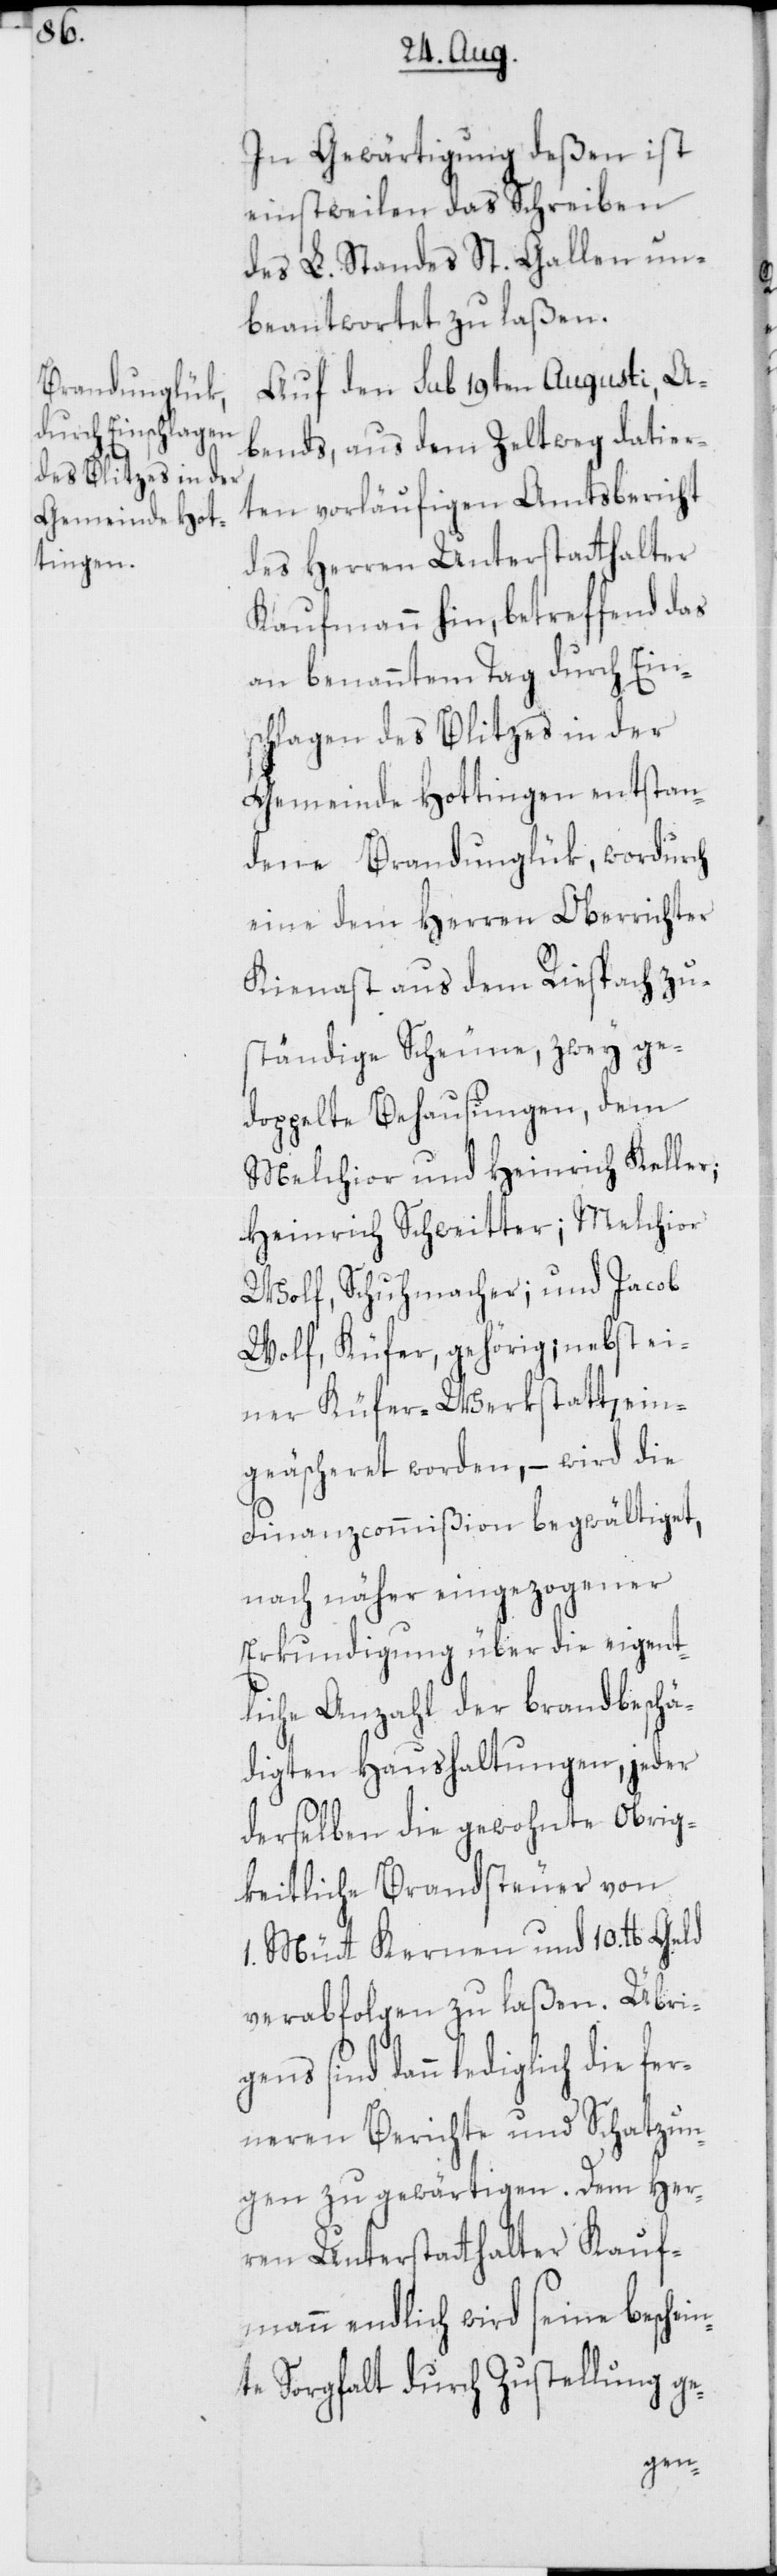
In Gewärtigung deßen ist
einstweilen das Schreiben
des L. Standes St. Gallen un¬
beantwortet zu laßen.
Auf den sub 19ten Augusti, A¬
bends, aus dem Zeltweg datier¬
ten vorläufigen Amtsbericht
des Herren Unterstatthalter
Kaufmann hin, betreffend das
an benanntem Tag durch Eins¬
chlagen des Blitzes in der
Gemeinde Hottingen entstan¬
dene Brandunglük, wordurch
eine dem Herren Oberrichter
Kienast aus dem Riesbach zu¬
ständige Scheune, zwey ge¬
doppelte Behausungen, dem
Melchior und Heinrich Keller;
Heinrich Schweitter; Melchior
Wolf, Schuhmacher; und Jacob
Wolf, Küfer, gehörig; nebst ei¬
ner Küfer-Werkstatt, ein¬
geäscheret worden, – wird die
Finanzcommißion begwältiget,
nach näher eingezogener
Erkundigung über die eigent¬
liche Anzahl der brandbeschä¬
digten Haushaltungen, jeder
derselben die gewohnte Obrig¬
keitliche Brandsteuer von
1. Mütt Kernen und 10. lb.
verabfolgen zu laßen. Übri¬
sind dann lediglich die fer¬
neren Berichte und Schatzun¬
gen zu gewärtigen. Dem Her¬
ren Unterstatthalter Kauf¬
mann endlich wird seine beschei¬
te Sorgfalt durch Zustellung ge-
n¬